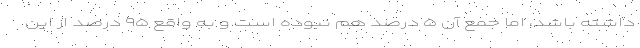
داشته باشد، اما جمع آن ۵ درصد هم نبوده است و به واقع ۹۵ درصد از این